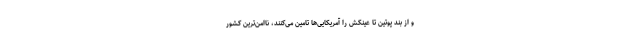
و از بند پوتین تا عینکش را آمریکایی‌ها تامین می‌کنند، ناامن‌ترین کشور